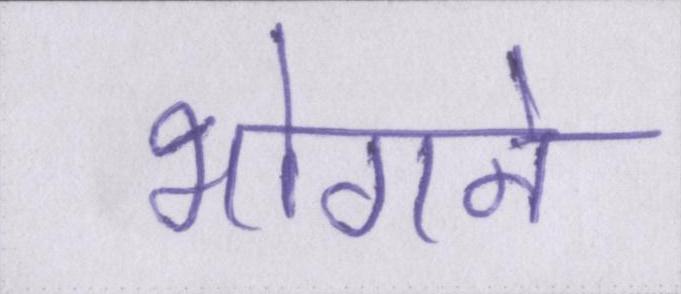
भोगने